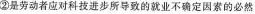
②是劳动者应对科技进步所导致的就业不确定因素的必然选择